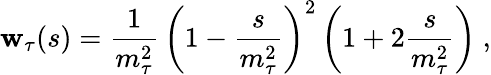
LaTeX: \mathbf{w}_{\tau}(s)={\frac{{1}}{{m_{\tau}^{2}}}}\, \left(1-{\frac{{s}}{{m_{\tau}^{2}}}}\right)^{2}\left(1+2{\frac{{s}}{{m_{\tau}^{2}}}}\right)\ ,